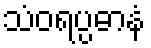
သံဝရပ္ပဓာနံ